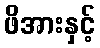
ဖိအားနှင့်